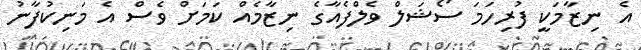
އެ ނިޒާމަކީ ފުރިހަމަ ސޯޝަލް ވެލްފެއާގެ ނިޒާމެއް ކަމަށް ވެސް އެ މަނިކުފާނު